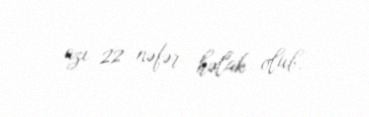
azı 22 nəfər həlak olub.